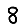
Digit: 8